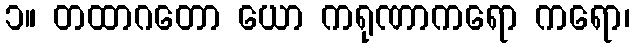
၁။ တထာဂတော ယော ကရုဏာကရော ကရော၊